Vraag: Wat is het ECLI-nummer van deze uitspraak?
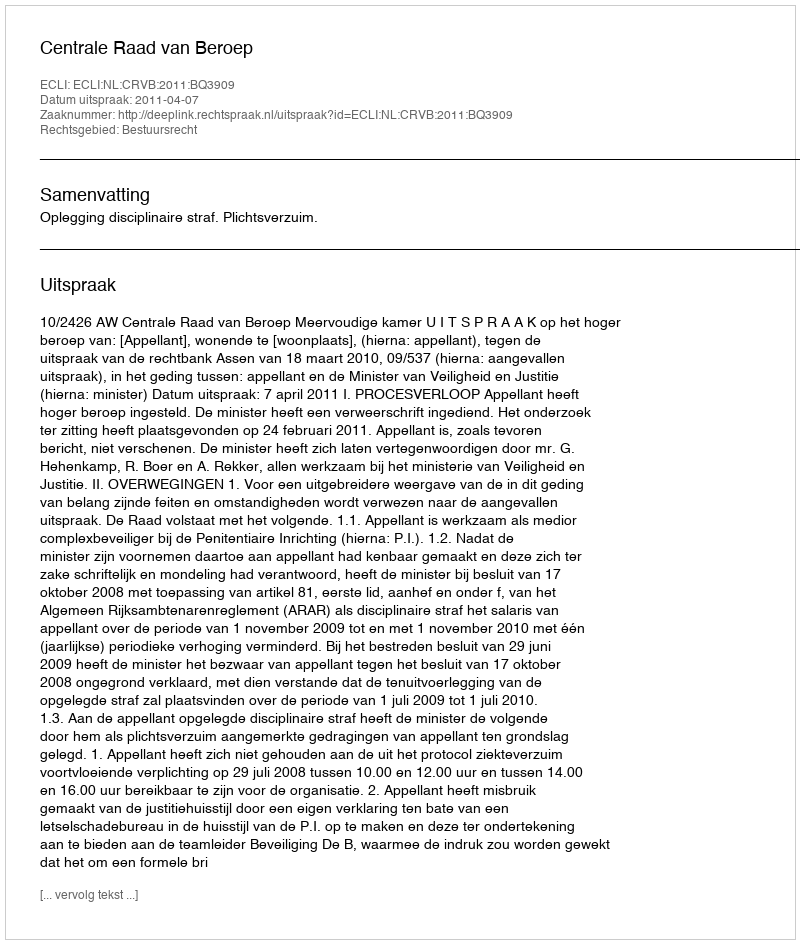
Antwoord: ECLI:NL:CRVB:2011:BQ3909